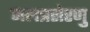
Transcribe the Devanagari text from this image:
जलत्रसेरणु